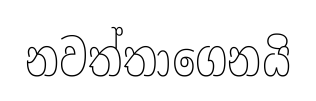
නවත්තාගෙනයි